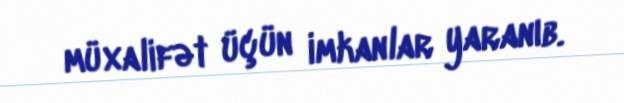
müxalifət üçün imkanlar yaranıb.